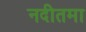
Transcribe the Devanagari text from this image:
नदीतमा